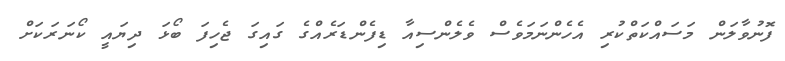
ފޮނުވާލަން މަސައްކަތްކުރި އެހެންނަމަވެސް ވެލެންސިއާ ޑިފެންޑަރެއްގެ ގައިގަ ޖެހިފަ ބޯޅަ ދިޔައީ ކޯނަރަކަށް